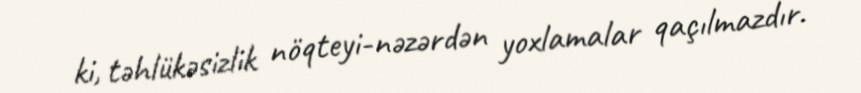
ki, təhlükəsizlik nöqteyi-nəzərdən yoxlamalar qaçılmazdır.